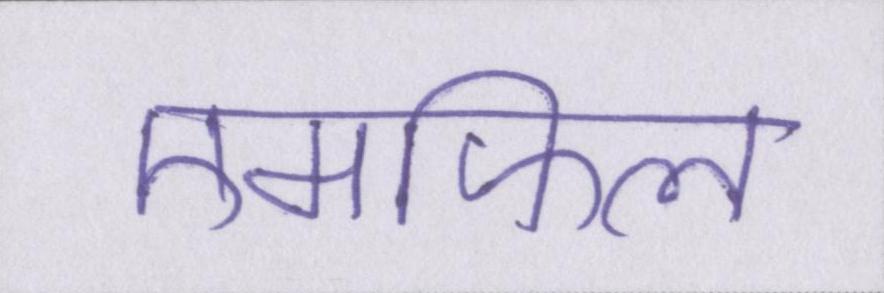
एमफिल